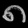
Digit: ၈